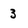
Character: 3